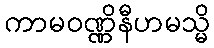
ကာမဝဏ္ဏိနီဟမသ္မိ